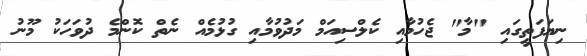
ނިޔަފަތީގައި "މާ" ޖެހުމާއި ކެލްސިއަމް މަދުވުމާއި ގުޅުމެއް ނެތް ކޮންމެ ދުވަހަކު މޫނު